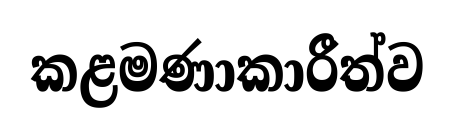
කළමණාකාරීත්ව